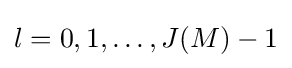
l=0,1,\dots ,J(M)-1